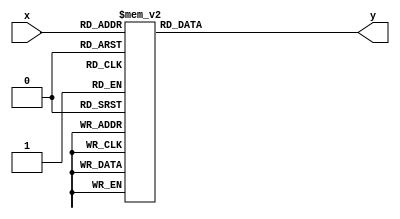
module decoderCedula(x,y);

	input [0:3] x;
	output [0:13] y;
	reg [0:13] SeteSegmentos;

	always @(*)
		case(x)
		  4'b0000: SeteSegmentos = 14'b00000010000001;
        4'b0001: SeteSegmentos = 14'b00000010010010;
        4'b0010: SeteSegmentos = 14'b00000011001100;
        4'b0011: SeteSegmentos = 14'b00000010100100;
        4'b0100: SeteSegmentos = 14'b00000011100000;
        4'b0101: SeteSegmentos = 14'b00000010001111;
        4'b0110: SeteSegmentos = 14'b00000010000000;
        4'b0111: SeteSegmentos = 14'b00000010001100;
        4'b1000: SeteSegmentos = 14'b10011110000001;
        4'b1001: SeteSegmentos = 14'b10011111001111;
        4'b1010: SeteSegmentos = 14'b10011110010010;
		  4'b1011: SeteSegmentos = 14'b10011110000110;	
		  4'b1100: SeteSegmentos = 14'b10011110100100;	
		  4'b1101: SeteSegmentos = 14'b10011110001111;	
		  4'b1110: SeteSegmentos = 14'b01100000111000;	
		  4'b1111: SeteSegmentos = 14'b11010101111001;
		  default: SeteSegmentos = 14'b01100001100010;
		endcase
		
	assign y = SeteSegmentos;	
endmodule